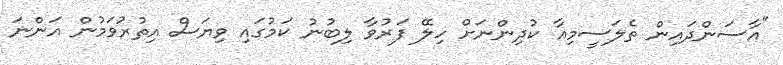
"އާސަންދައިން ތެލަސީމިއާ ކުދިންނަށް ހިލޭ ފަރުވާ ލިބުނު ކަމުގައި ވިޔަސް އިތުރުވަމުން އަންނަ